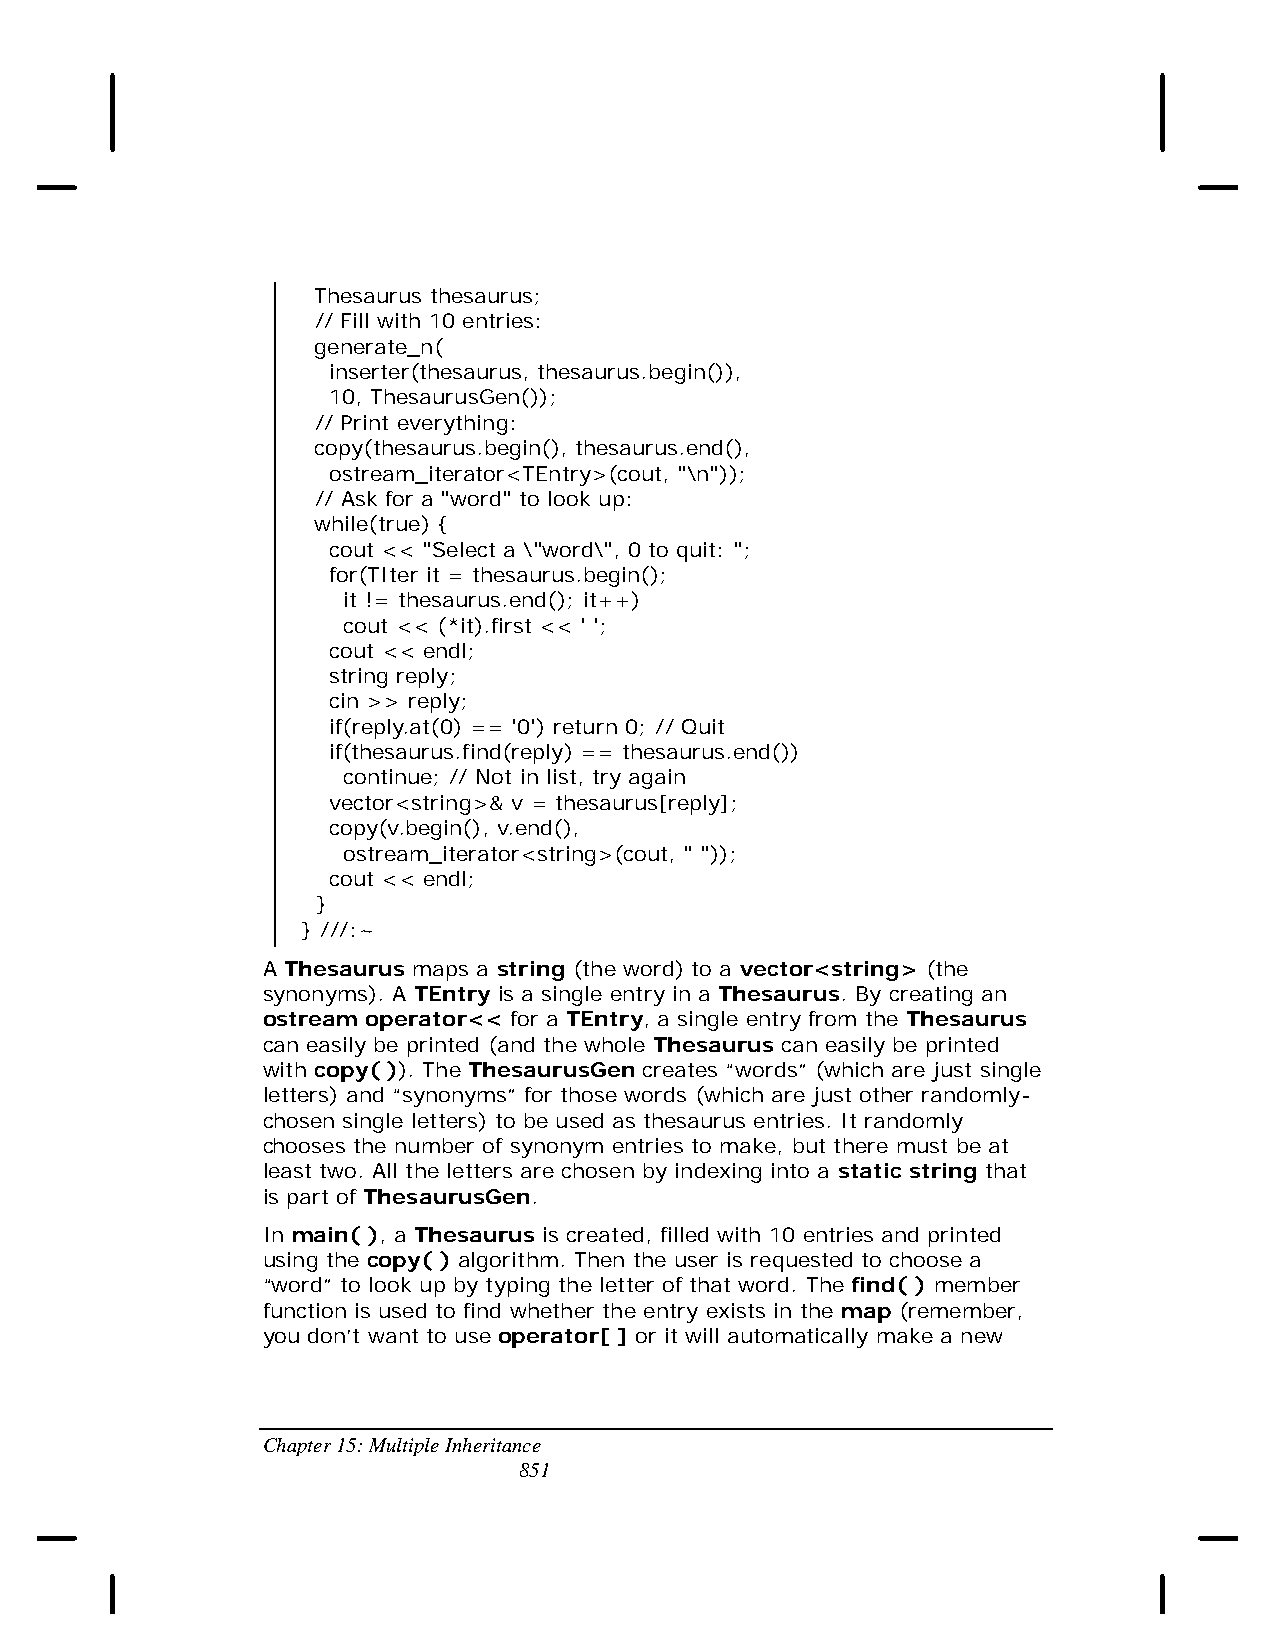
Thesaurus thesaurus;
 // Fill with 10 entries:
 generate_n(
 inserter(thesaurus, thesaurus.begin()),
 10, ThesaurusGen());
 // Print everything:
 copy(thesaurus.begin(), thesaurus.end(),
 ostream_iterator<TEntry>(cout, "\n"));
 // Ask for a "word" to look up:
 while(true) {
 cout << "Select a \"word\", 0 to quit: ";
 for(TIter it = thesaurus.begin();
 it != thesaurus.end(); it++)
 cout << (*it).first << ' ';
 cout << endl;
 string reply;
 cin >> reply;
 if(reply.at(0) == '0') return 0; // Quit
 if(thesaurus.find(reply) == thesaurus.end())
 continue; // Not in list, try again
 vector<string>& v = thesaurus[reply];
 copy(v.begin(), v.end(),
 ostream_iterator<string>(cout, " "));
 cout << endl;
 }
 } ///:~
 A Thesaurus maps a string (the word) to a vector<string> (the
 synonyms). A TEntry is a single entry in a Thesaurus. By creating an
 ostream operator<< for a TEntry, a single entry from the Thesaurus
 can easily be printed (and the whole Thesaurus can easily be printed
 with copy( )). The ThesaurusGen creates “words” (which are just single
 letters) and “synonyms” for those words (which are just other randomly-
 chosen single letters) to be used as thesaurus entries. It randomly
 chooses the number of synonym entries to make, but there must be at
 least two. All the letters are chosen by indexing into a static string that
 is part of ThesaurusGen.
 In main( ), a Thesaurus is created, filled with 10 entries and printed
 using the copy( ) algorithm. Then the user is requested to choose a
 “word” to look up by typing the letter of that word. The find( ) member
 function is used to find whether the entry exists in the map (remember,
 you don’t want to use operator[ ] or it will automatically make a new
 Chapter 15: Multiple Inheritance
 851